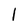
Character: l